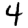
Digit: 4